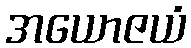
အယောဇယံ